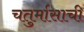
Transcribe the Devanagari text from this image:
चतुर्मासाची